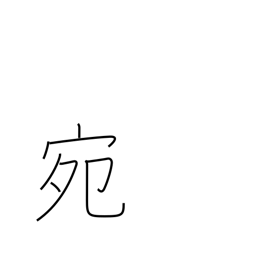
Meaning: fortunately